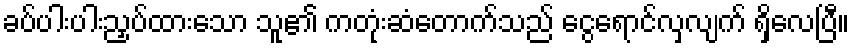
ခပ်ပါးပါးညှပ်ထားသော သူ၏ ကတုံးဆံတောက်သည် ငွေရောင်လှလျက် ရှိလေပြီ။